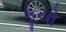
કૂચો